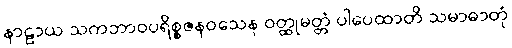
နာဠာယ သကဘာဝပရိစ္စဇနဝသေန ဝတ္ထုမတ္တံ ပါပေထာတိ သမာဓာတုံ